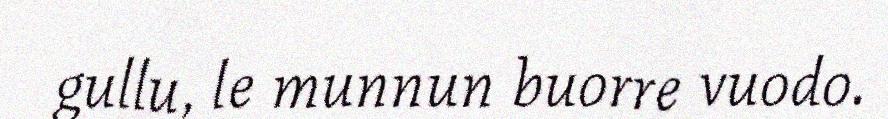
gullu, le munnun buorre vuodo.